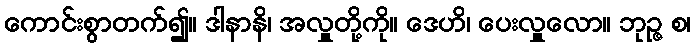
ကောင်းစွာတက်၍။ ဒါနာနိ၊ အလှူတို့ကို။ ဒေဟိ၊ ပေးလှူလော။ ဘုဉ္ဇ စ၊